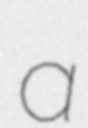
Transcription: a